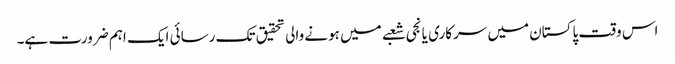
اس وقت پاکستان میں سرکاری یا نجی شعبے میں ہونے والی تحقیق تک رسائی ایک اہم ضرورت ہے۔